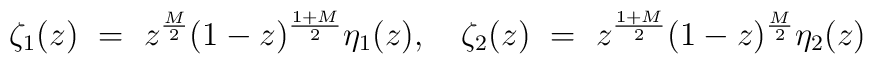
\zeta_1(z)~=~z^{\frac{M}{2}}(1-z)^{\frac{1+M}{2}}\eta_1(z),~~~\zeta_2(z)~=~z^{\frac{1+M}{2}}(1-z)^{\frac{M}{2}}\eta_2(z)